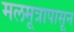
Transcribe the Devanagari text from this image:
मलमूत्रापासून